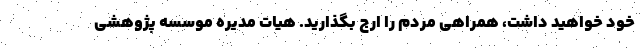
خود خواهید داشت، همراهی مردم را ارج بگذارید. هیات مدیره موسسه پژوهشی